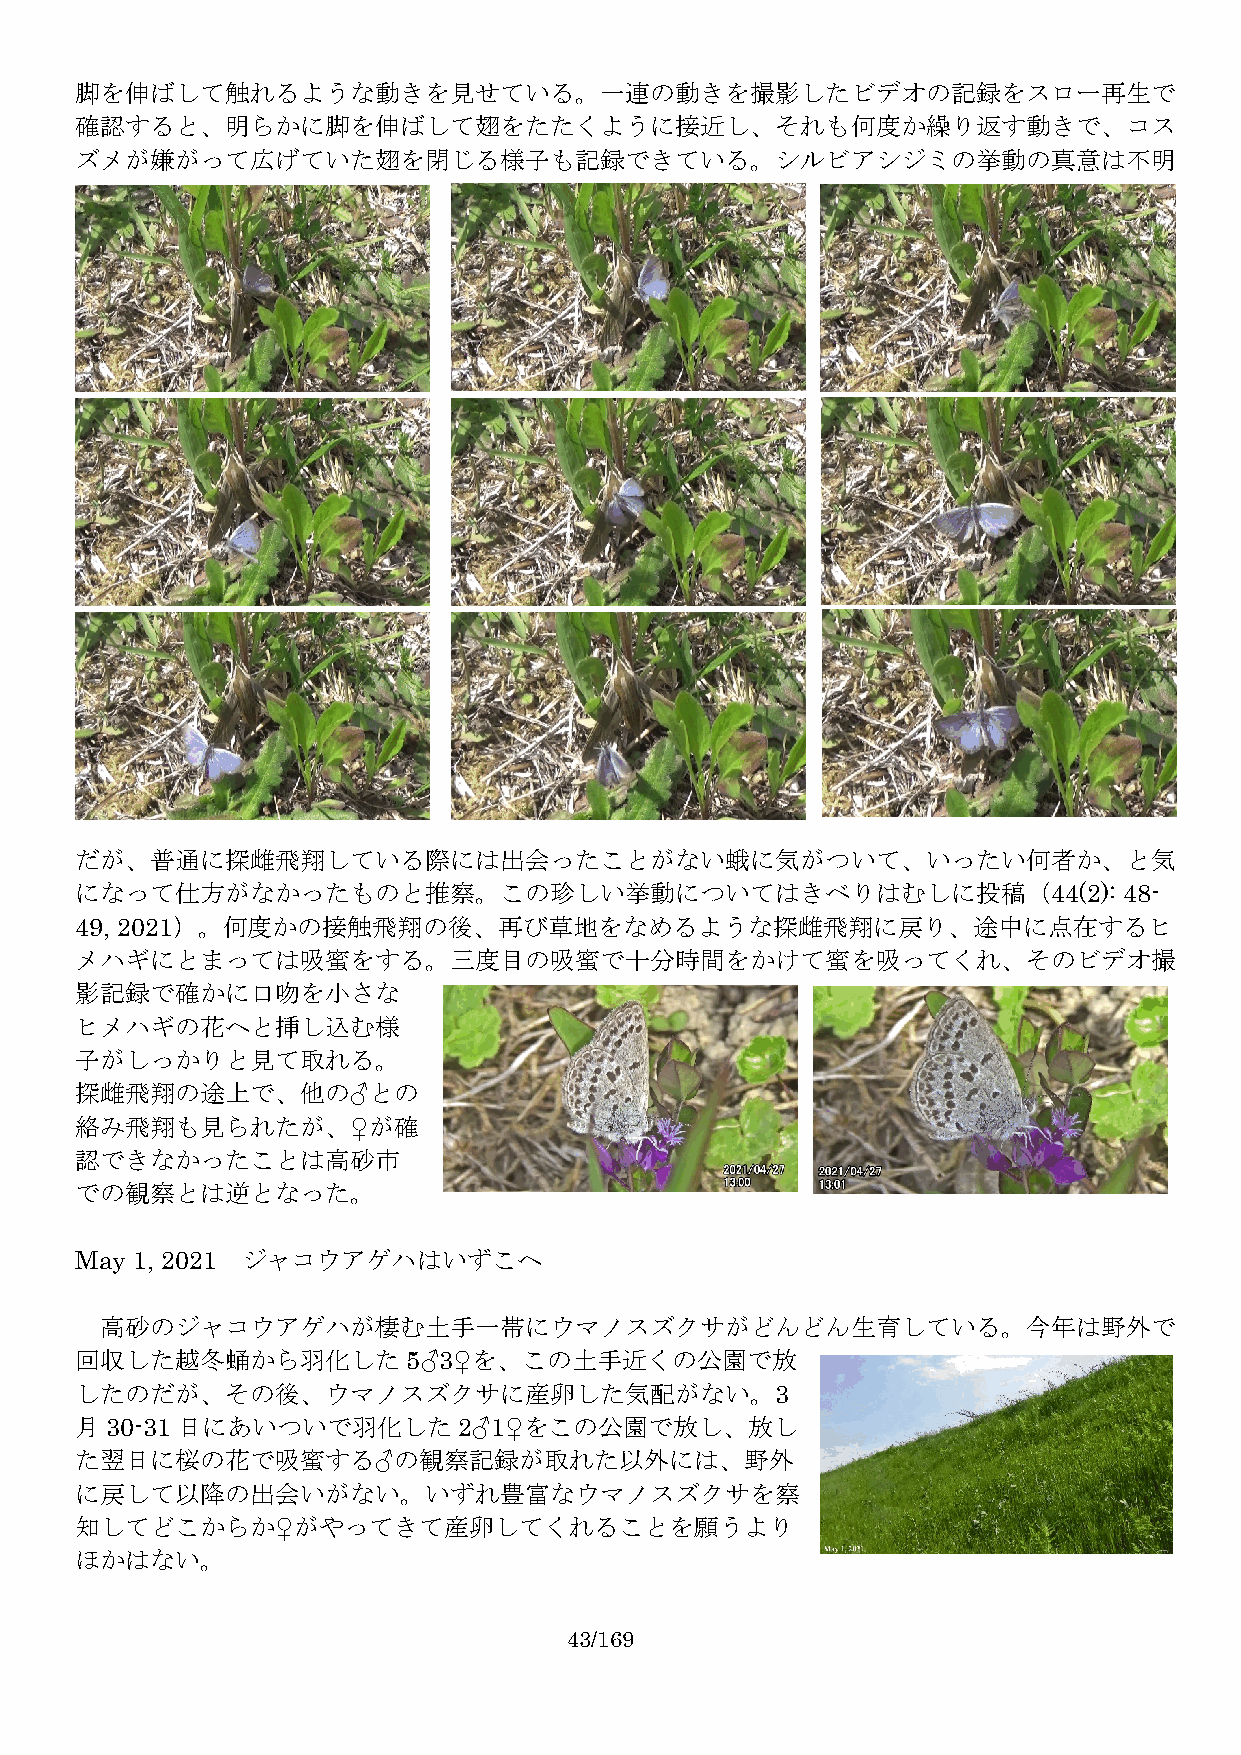
脚を伸ばして触れるような動きを見せている。一連の動きを撮影したビデオの記録をスロー再生で
 確認すると、明らかに脚を伸ばして翅をたたくように接近し、それも何度か繰り返す動きで、コス
 ズメが嫌がって広げていた翅を閉じる様子も記録できている。シルビアシジミの挙動の真意は不明
 だが、普通に探雌飛翔している際には出会ったことがない蛾に気がついて、いったい何者か、と気
 になって仕方がなかったものと推察。この珍しい挙動についてはきべりはむしに投稿（44(2):                        48-
 49, 2021）。何度かの接触飛翔の後、再び草地をなめるような探雌飛翔に戻り、途中に点在するヒ
 メハギにとまっては吸蜜をする。三度目の吸蜜で十分時間をかけて蜜を吸ってくれ、そのビデオ撮
 影記録で確かに口吻を小さな
 ヒメハギの花へと挿し込む様
 子がしっかりと見て取れる。
 探雌飛翔の途上で、他の♂との
 絡み飛翔も見られたが、♀が確
 認できなかったことは高砂市
 での観察とは逆となった。
 May 1, 2021 ジャコウアゲハはいずこへ
 高砂のジャコウアゲハが棲む土手一帯にウマノスズクサがどんどん生育している。今年は野外で
 回収した越冬蛹から羽化した5♂3♀を、この土手近くの公園で放
 したのだが、その後、ウマノスズクサに産卵した気配がない。3
 月30-31 日にあいついで羽化した2♂1♀をこの公園で放し、放し
 た翌日に桜の花で吸蜜する♂の観察記録が取れた以外には、野外
 に戻して以降の出会いがない。いずれ豊富なウマノスズクサを察
 知してどこからか♀がやってきて産卵してくれることを願うより
 ほかはない。
 43/169